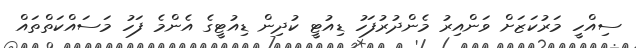
ސިއްހީ މަރުކަޒަށް ވަންއިރު މެންދުރުފަހު ޑިއުޓީ ކުދިން ޑިއުޓީގެ އެންމެ ފަހު މަސައްކަތްތައް